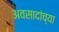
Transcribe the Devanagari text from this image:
अवसादांच्या